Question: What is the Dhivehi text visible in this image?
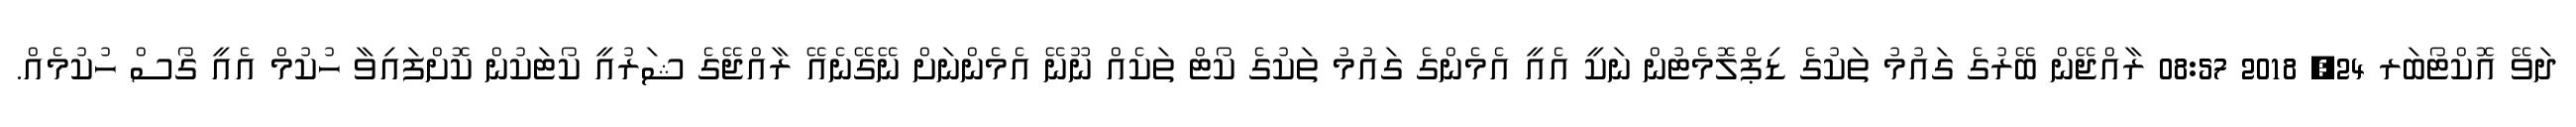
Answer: ދަވޭ އޮކްޓޯބަރ 24, 2018 08:57 ރާއްޖޭން ބޭރުގެ ގައުމު ތަކުގެ ޑިޕްލޮމެޓުން ނަކީ އެއީ އެމެންގެ ގައުމު ތަކުގެ ކޯޓް ތަކެއް ނޫނޭ އެމެންނަށް ނޭގޭނެއޭ ރާއްޖޭގެ ޝަރުއީ ކޯޓަކުން ކޮށްފައިވާ ހުކުމް އެއީ ގޯސް ހުކުމެއް.